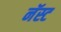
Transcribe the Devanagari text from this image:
नॅस्ट